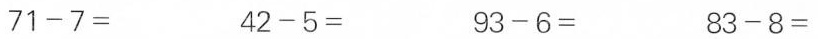
$$7 1 - 7=$$ $$4 2 - 5=$$ $$9 3 - 6=$$ $$8 3 - 8=$$